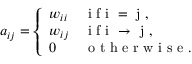
a _ { i j } = \left\{ \begin{array} { l l } { w _ { i i } } & { \mathrm { ~ i ~ f ~ i ~ = ~ j ~ } , } \\ { w _ { i j } } & { \mathrm { ~ i ~ f ~ i ~ \rightarrow ~ j ~ } , } \\ { 0 } & { \mathrm { ~ o ~ t ~ h ~ e ~ r ~ w ~ i ~ s ~ e ~ } . } \end{array} \right.